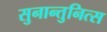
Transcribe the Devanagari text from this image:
सुनान्तुनित्स